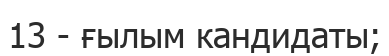
13 - ғылым кандидаты;